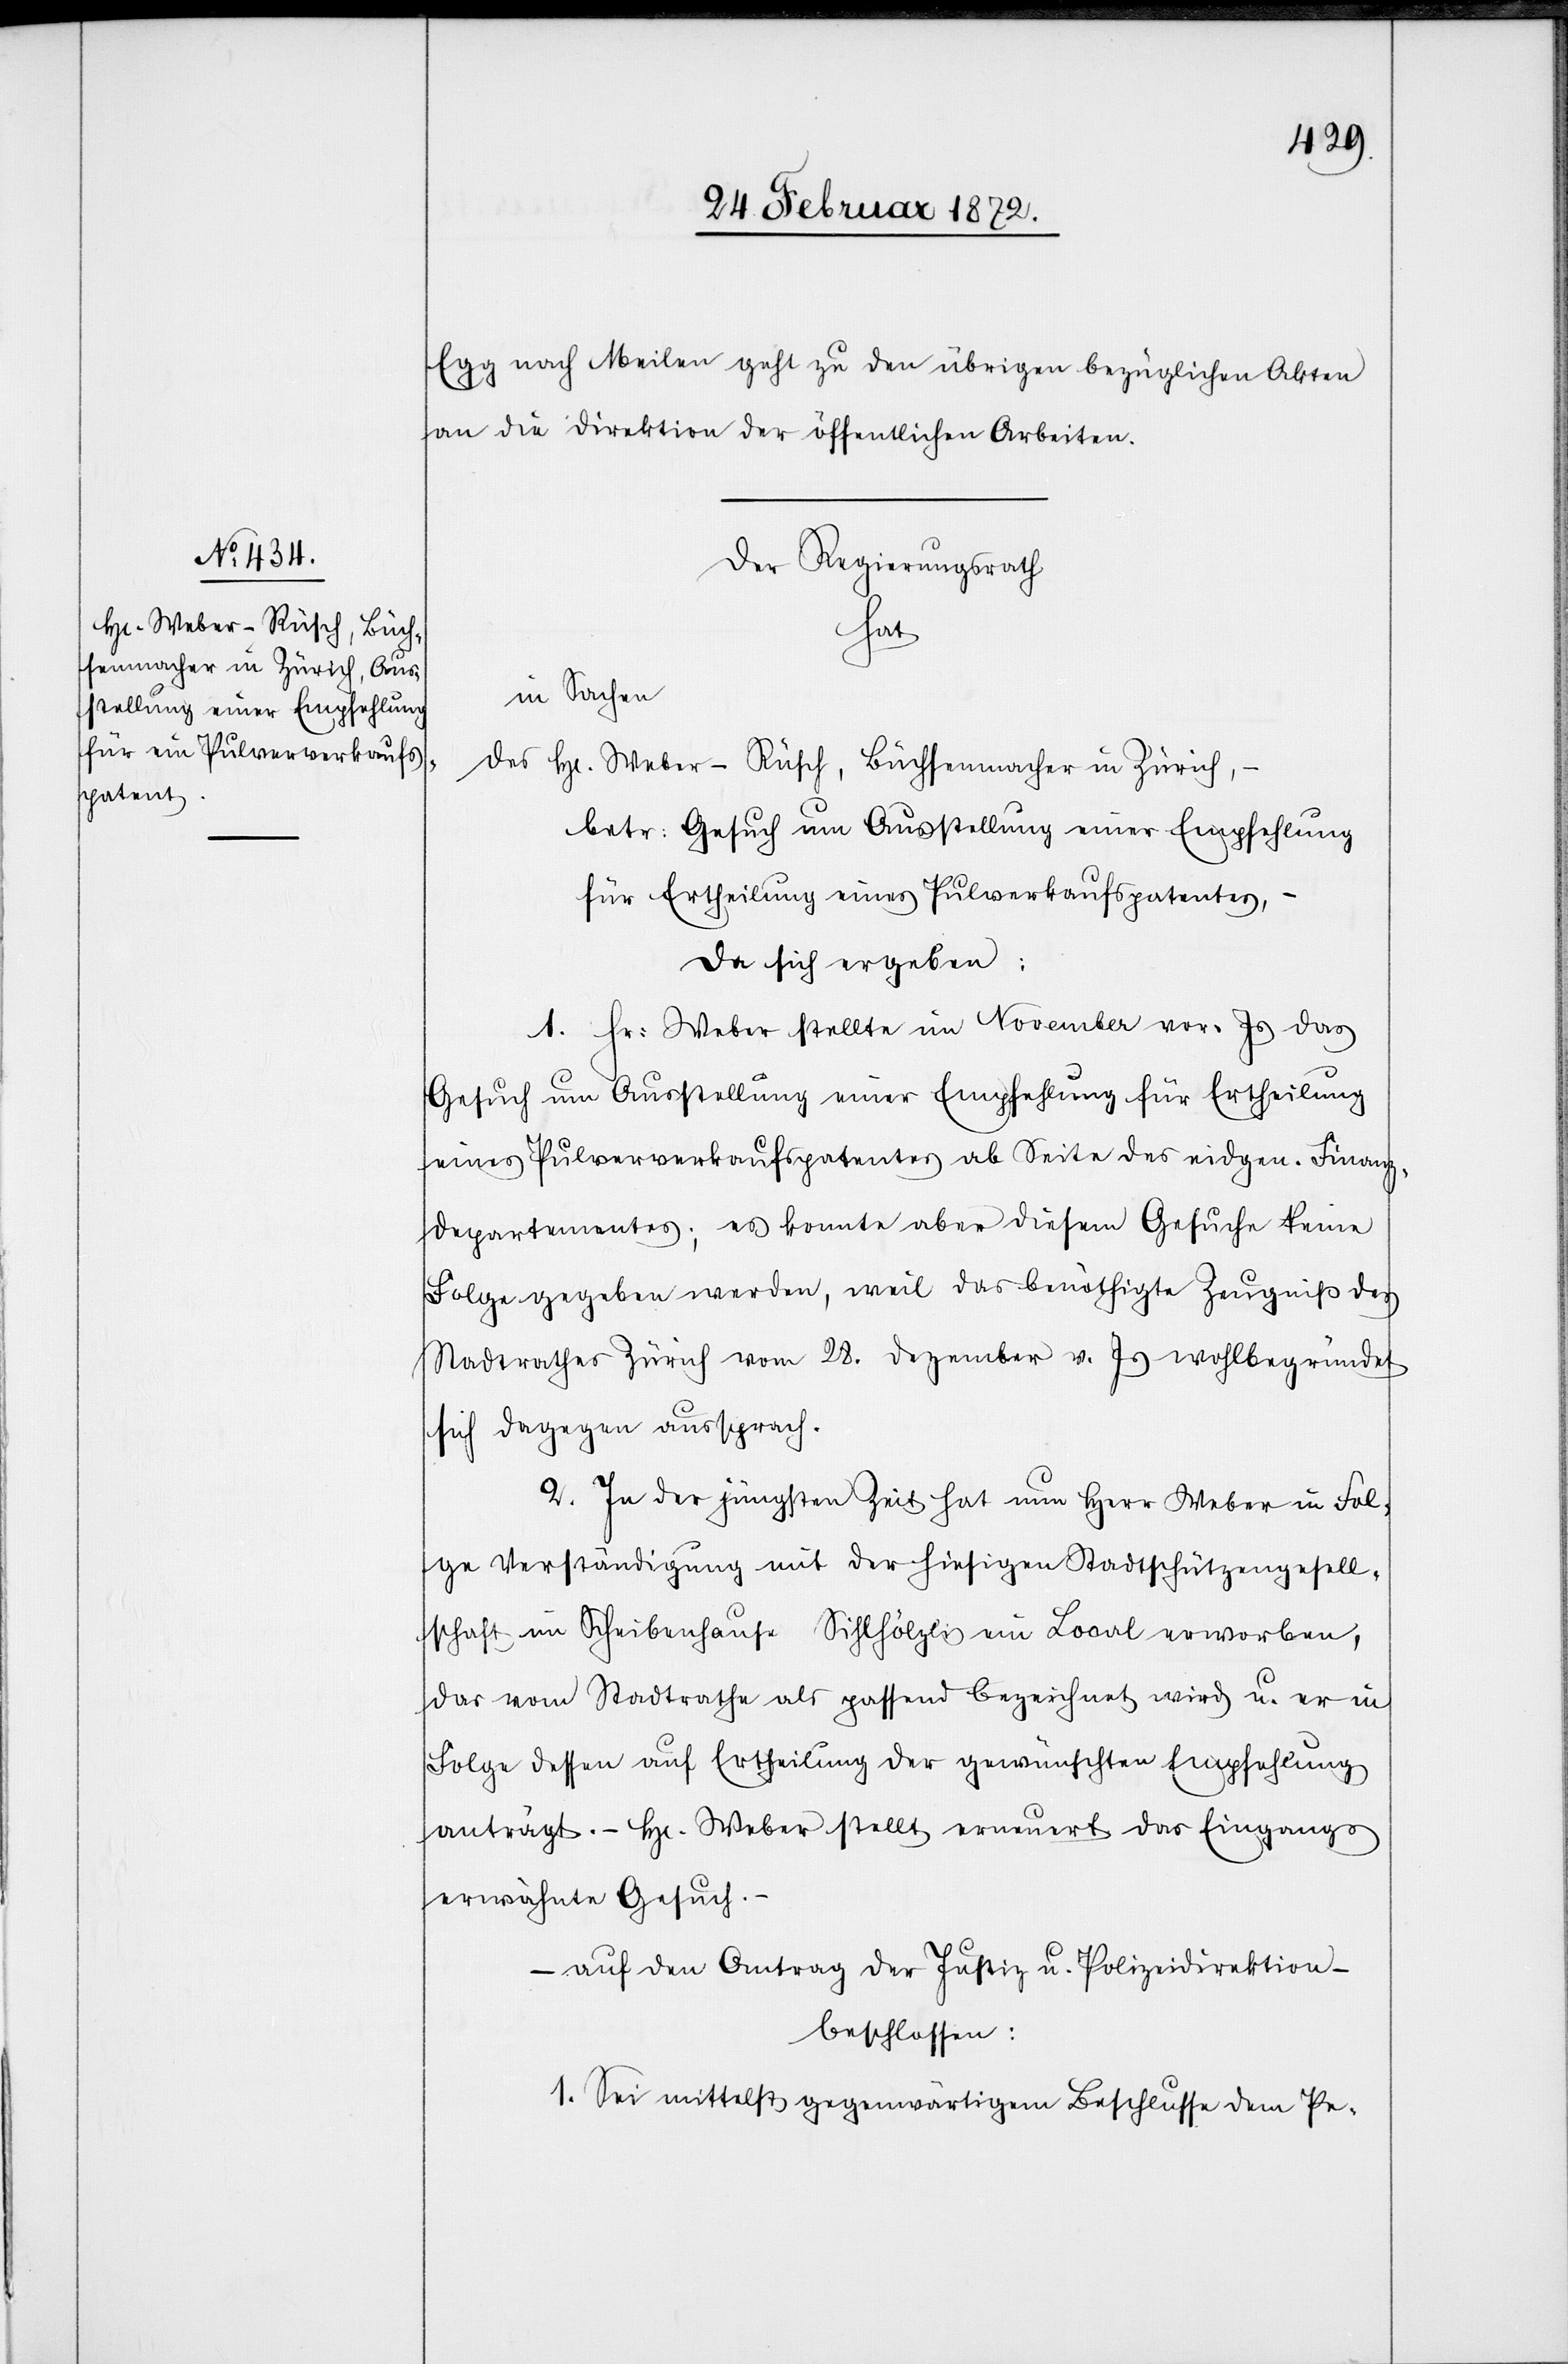
28. Februar 1872.]
Egg nach Meilen geht zu den übrigen bezüglichen Akten
an die Direktion der öffentlichen Arbeiten.
Der Regierungsrath
hat
in Sachen
des Hr. Weber-Rüsch, Büchsenmacher in Zürich,
betr. Gesuch um Ausstellung einer Empfehlung
für Ertheilung eines Pulververkaufspatentes,
da sich ergeben:
1. Hr. Weber stellte im November vor. Js. das
Gesuch um Ausstellung einer Empfehlung für Ertheilung
eines Pulververkaufspatentes ab Seite des eidgen. Finanz¬
departementes; es konnte aber diesem Gesuche keine
Folge gegeben werden, weil das benöthigte Zeugniß des
Stadtrathes Zürich vom 28. Dezember v. Js wohlbegründet
sich dagegen aussprach.
2. In der jüngsten Zeit hat nun Herr Weber in Fol¬
ge Verständigung mit der hiesigen Stadtschützengesell¬
schaft im Scheibenhause Sihlhölzli ein Local erworben,
das vom Stadtrathe als passend bezeichnet wird u. er in
Folge dessen auf Ertheilung der gewünschten Empfehlung
anträgt. – Hr. Weber stellt erneuert das Eingangs
erwähnte Gesuch.
– auf den Antrag der Justiz u. Polizeidirektion –
beschlossen:
1. Sei mittelst gegenwärtigem Beschlusse dem Pe-